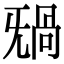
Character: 𣄸